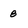
Character: 8